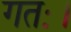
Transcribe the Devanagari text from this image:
गतः।